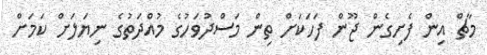
މާޗް އިން ފެށިގެން ޖޫން ފަހަކަށް ތިން މަސްދުވަހުގެ މުއްދަތުގެ ނިޔަލަށް ކަމަށް